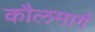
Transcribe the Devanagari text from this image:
कौलमार्ग